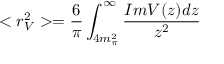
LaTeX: < r _ { V } ^ { 2 } > = \frac { 6 } { \pi } \int _ { 4 m _ { \pi } ^ { 2 } } ^ { \infty } \frac { I m V ( z ) d z } { z ^ { 2 } }